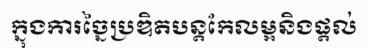
ក្នុងការច្នៃប្រឌិតបន្តកែលម្អនិងផ្តល់